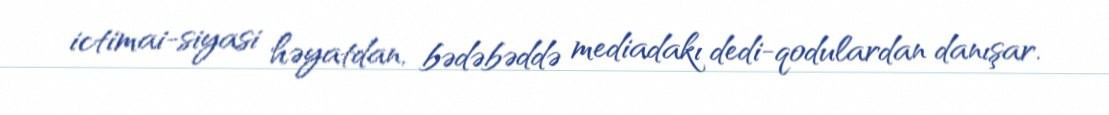
ictimai-siyasi həyatdan, bədəbəddə mediadakı dedi-qodulardan danışar.